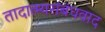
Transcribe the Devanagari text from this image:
तादात्म्यसंबंधवाद